Lunatic asylums Punjab 1895-1910 - 1895-1910
Year: 1895
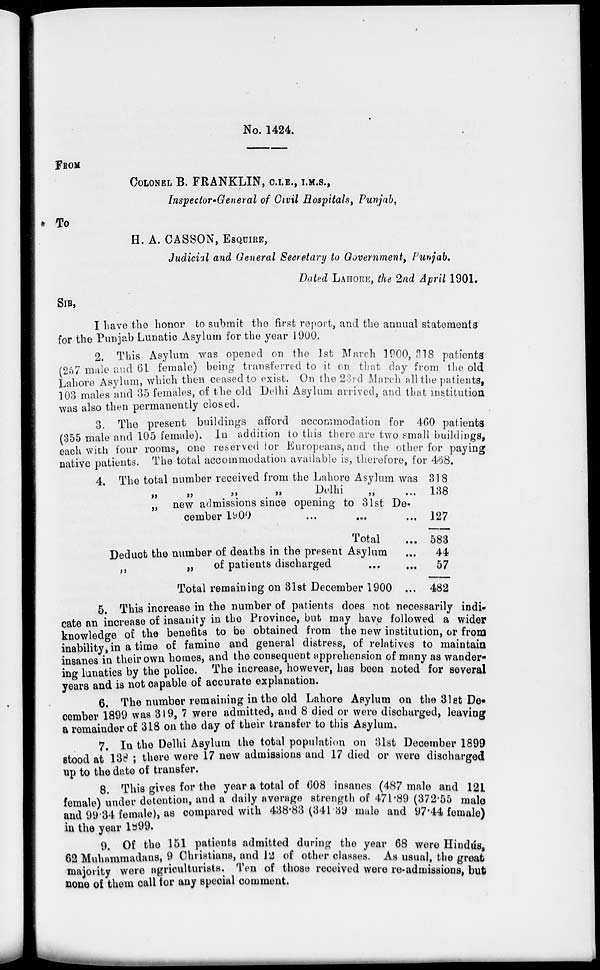
No. 1424.
FROM
COLONEL B. FRANKLIN, C.I.E., I.M.S.,
Inspector-General of Civil Hospitals, Punjab,
To
H. A. CASSON, ESQUIRE,
Judicial and General Secretary to Government, Punjab.
Dated LAHORE, the 2nd April 1901.
SIR,
I have the honor to submit the first report, and the annual statements
for the Punjab Lunatic Asylum for the year 1900.
2. This Asylum was opened on the 1st March 1900, 318 patients
(257 male and 61 female) being transferred to it on that day from the old
Lahore Asylum, which then ceased to exist. On the 23rd March all the patients,
103 males and 35 females, of the old Delhi Asylum arrived, and that institution
was also then permanently closed.
3. The present buildings afford accommodation for 460 patients
(355 male and 105 female). In addition to this there are two small buildings,
each with four rooms, one reserved for Europeans, and the other for paying
native patients. The total accommodation available is, therefore, for 468.
4. The total number received from the Lahore Asylum was
„
„
„
„
Delhi
„
„ new admissions since opening to 31st De-
cember 1900
...
... ...
Total ...
318
138
127
583
Deduct the number of deaths in the present Asylum ...
„
of patients discharged
...
...
Total remaining on 31st December 1900 ...
44
57
482
5. This increase in the number of patients does not necessarily indi-
cate an increase of insanity in the Province, but may have followed a wider
knowledge of the benefits to be obtained from the new institution, or from
inability, in a time of famine and general distress, of relatives to maintain
insanes in their own homes, and the consequent apprehension of many as wander-
ing lunatics by the police. The increase, however, has been noted for several
years and is not capable of accurate explanation.
6. The number remaining in the old Lahore Asylum on the 31st De-
cember 1899 was 319, 7 were admitted, and 8 died or were discharged, leaving
a remainder of 318 on the day of their transfer to this Asylum.
7. In the Delhi Asylum the total population on 31st December 1899
stood at 138 ; there were 17 new admissions and 17 died or were discharged
up to the date of transfer.
8 This gives for the year a total of 608 insanes (487 male and 121
female) under detention, and a daily average strength of 471.89 (372.55 male
and 99.34 female), as compared with 438.83 (341.39 male and 97.44 female)
in the year 1899.
9. Of the 151 patients admitted during the year 68 were Hindús,
62 Muhammadans, 9 Christians, and 12 of other classes. As usual, the great
majority were agriculturists. Ten of those received were re-admissions, but
none of them call for any special comment.